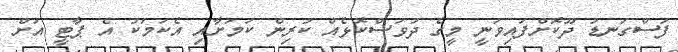
ފަސްގަނޑު ދޫކޮށްފައިވަނީ މީގެ ދުވަސްކޮޅެއް ކުރިން ކަމަށާއި އެކަމަކު އެ ޕާޓީ އަށް